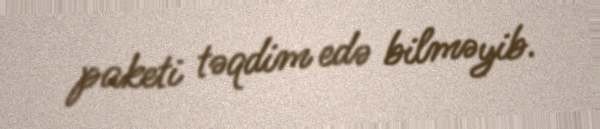
paketi təqdim edə bilməyib.